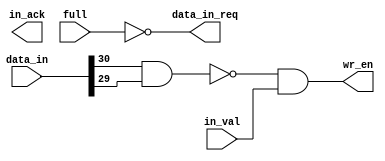

////////////////////////////////////////////////////////////////////////////////
// Company: 
// Engineer:
//
// Design Name:    
// Module Name:    IFC
// Project Name:   
// Target Device:  
// Tool versions:  
// Description:
//
// Dependencies:
// 
// Revision:
// Revision 0.01 - File Created
// Additional Comments:
// 
////////////////////////////////////////////////////////////////////////////////
module IFC(data_in, full, in_val, wr_en, in_ack, data_in_req);

    input full ;
    input in_val ;
    input [31:0] data_in ;
	 output wr_en ;
    output in_ack ;
	 output data_in_req ;

	 assign wr_en = !(data_in[30] & data_in[29]) & in_val ;
	 // 'in_ack' signal is used for retransmission ....
	 // for the time being this port has no functionality.... 
	 assign data_in_req = ! full ;

endmodule